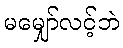
မမျှော်လင့်ဘဲ